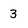
Character: 3